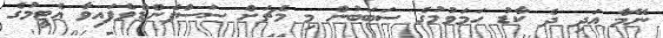
ނޭމާ އަދި ދެ ކާޑު ހަމަވުމުގެ ސަބަބުން މި މެޗަށް ސަސްޕެންޑްވެފައިވާ އެޓީމުގެ